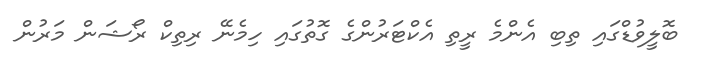
ބޮލީވުޑްގައި ތިބި އެންމެ ރީތި އެކްޓަރުންގެ ގޮތުގައި ހިމެނޭ ރިތިކް ރޯޝަން މަރުން